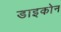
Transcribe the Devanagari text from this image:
डाइकोन